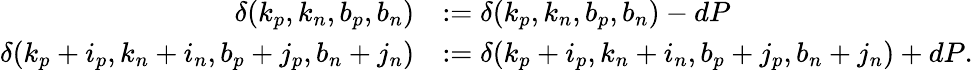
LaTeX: \begin{array}{rl}{\delta(k_{p},k_{n},b_{p},b_{n})}&{:=\delta(k_{p},k_{n},b_{p},b_{n})-dP}\\ {\delta(k_{p}+i_{p},k_{n}+i_{n},b_{p}+j_{p},b_{n}+j_{n})}&{:=\delta(k_{p}+i_{p},k_{n}+i_{n},b_{p}+j_{p},b_{n}+j_{n})+dP.}\end{array}